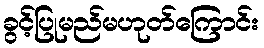
ခွင့်ပြုမည်မဟုတ်ကြောင်း